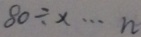
8 0 \div x \cdots n